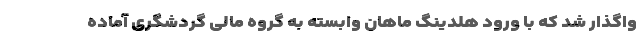
واگذار شد که با ورود هلدینگ ماهان وابسته به گروه مالی گردشگری آماده